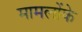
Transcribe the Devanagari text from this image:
मामलोंके